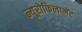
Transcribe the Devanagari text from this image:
न्यूरोफिलामेंट